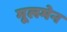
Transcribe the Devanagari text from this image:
मूलमेन